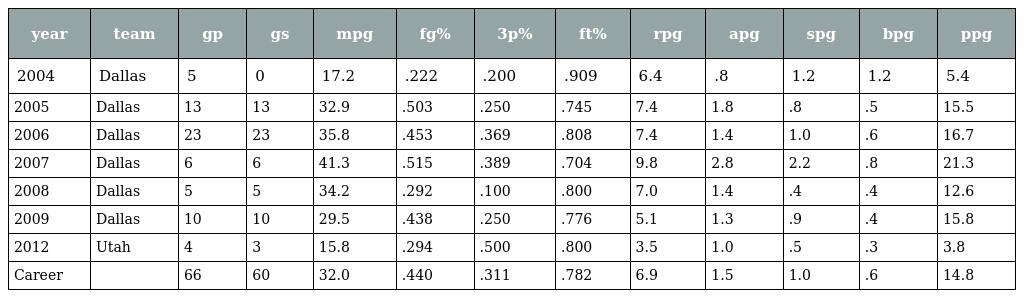
| year | team | gp | gs | mpg | fg% | 3p% | ft% | rpg | apg | spg | bpg | ppg |
 | --- | --- | --- | --- | --- | --- | --- | --- | --- | --- | --- | --- | --- |
 | 2004 | Dallas | 5 | 0 | 17.2 | .222 | .200 | .909 | 6.4 | .8 | 1.2 | 1.2 | 5.4 |
 | 2005 | Dallas | 13 | 13 | 32.9 | .503 | .250 | .745 | 7.4 | 1.8 | .8 | .5 | 15.5 |
 | 2006 | Dallas | 23 | 23 | 35.8 | .453 | .369 | .808 | 7.4 | 1.4 | 1.0 | .6 | 16.7 |
 | 2007 | Dallas | 6 | 6 | 41.3 | .515 | .389 | .704 | 9.8 | 2.8 | 2.2 | .8 | 21.3 |
 | 2008 | Dallas | 5 | 5 | 34.2 | .292 | .100 | .800 | 7.0 | 1.4 | .4 | .4 | 12.6 |
 | 2009 | Dallas | 10 | 10 | 29.5 | .438 | .250 | .776 | 5.1 | 1.3 | .9 | .4 | 15.8 |
 | 2012 | Utah | 4 | 3 | 15.8 | .294 | .500 | .800 | 3.5 | 1.0 | .5 | .3 | 3.8 |
 | Career |  | 66 | 60 | 32.0 | .440 | .311 | .782 | 6.9 | 1.5 | 1.0 | .6 | 14.8 |